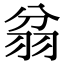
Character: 𦐈